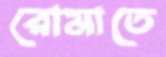
রোমাতে